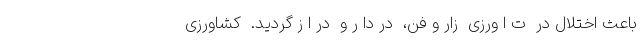
باعث اختلال در  ت ا ورزی  زار و فن،  در دا ر و  در ا ز گردید.  کشاورزی